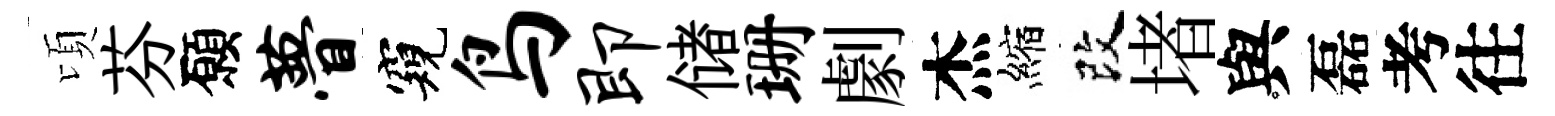
頃芬願瞢窺鸟即储珊劇杰縮改堵與磊考往